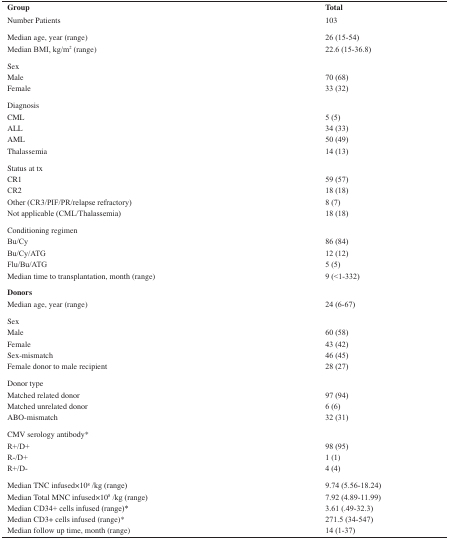
<table><thead><tr><td><b>Group</b></td><td><b>Total</b></td></tr></thead><tbody><tr><td>Number Patients</td><td>103</td></tr><tr><td>Median age, year (range)</td><td>26 (15-54)</td></tr><tr><td>Median BMI, kg/m2 (range)</td><td>22.6 (15-36.8)</td></tr><tr><td colspan="2">Sex</td></tr><tr><td>Male</td><td>70 (68)</td></tr><tr><td>Female</td><td>33 (32)</td></tr><tr><td colspan="2">Diagnosis</td></tr><tr><td>CML</td><td>5 (5)</td></tr><tr><td>ALL</td><td>34 (33)</td></tr><tr><td>AML</td><td>50 (49)</td></tr><tr><td>Thalassemia</td><td>14 (13)</td></tr><tr><td colspan="2">Status at tx</td></tr><tr><td>CR1</td><td>59 (57)</td></tr><tr><td>CR2</td><td>18 (18)</td></tr><tr><td>Other (CR3/PIF/PR/relapse refractory)</td><td>8 (7)</td></tr><tr><td>Not applicable (CML/Thalassemia)</td><td>18 (18)</td></tr><tr><td colspan="2">Conditioning regimen</td></tr><tr><td>Bu/Cy</td><td>86 (84)</td></tr><tr><td>Bu/Cy/ATG</td><td>12 (12)</td></tr><tr><td>Flu/Bu/ATG</td><td>5 (5)</td></tr><tr><td>Median time to transplantation, month (range)</td><td>9 (&lt;1-332)</td></tr><tr><td colspan="2"><b>Donors</b></td></tr><tr><td>Median age, year (range)</td><td>24 (6-67)</td></tr><tr><td colspan="2">Sex</td></tr><tr><td>Male</td><td>60 (58)</td></tr><tr><td>Female</td><td>43 (42)</td></tr><tr><td>Sex-mismatch</td><td>46 (45)</td></tr><tr><td>Female donor to male recipient</td><td>28 (27)</td></tr><tr><td colspan="2">Donor type</td></tr><tr><td>Matched related donor</td><td>97 (94)</td></tr><tr><td>Matched unrelated donor</td><td>6 (6)</td></tr><tr><td>ABO-mismatch</td><td>32 (31)</td></tr><tr><td colspan="2">CMV serology antibody*</td></tr><tr><td>R+/D+</td><td>98 (95)</td></tr><tr><td>R-/D+</td><td>1 (1)</td></tr><tr><td>R+/D-</td><td>4 (4)</td></tr><tr><td>Median TNC infused×108 /kg (range)</td><td>9.74 (5.56-18.24)</td></tr><tr><td>Median Total MNC infused×108 /kg (range)</td><td>7.92 (4.89-11.99)</td></tr><tr><td>Median CD34+ cells infused (range)*</td><td>3.61 (.49-32.3)</td></tr><tr><td>Median CD3+ cells infused (range)*</td><td>271.5 (34-547)</td></tr><tr><td>Median follow up time, month (range)</td><td>14 (1-37)</td></tr></tbody></table>